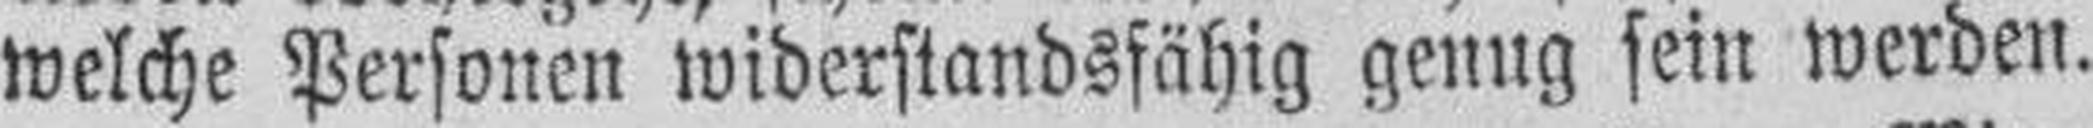
welche Personen widerstandsfähig genug sein werden.